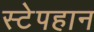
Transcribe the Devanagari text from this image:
स्टेपहान